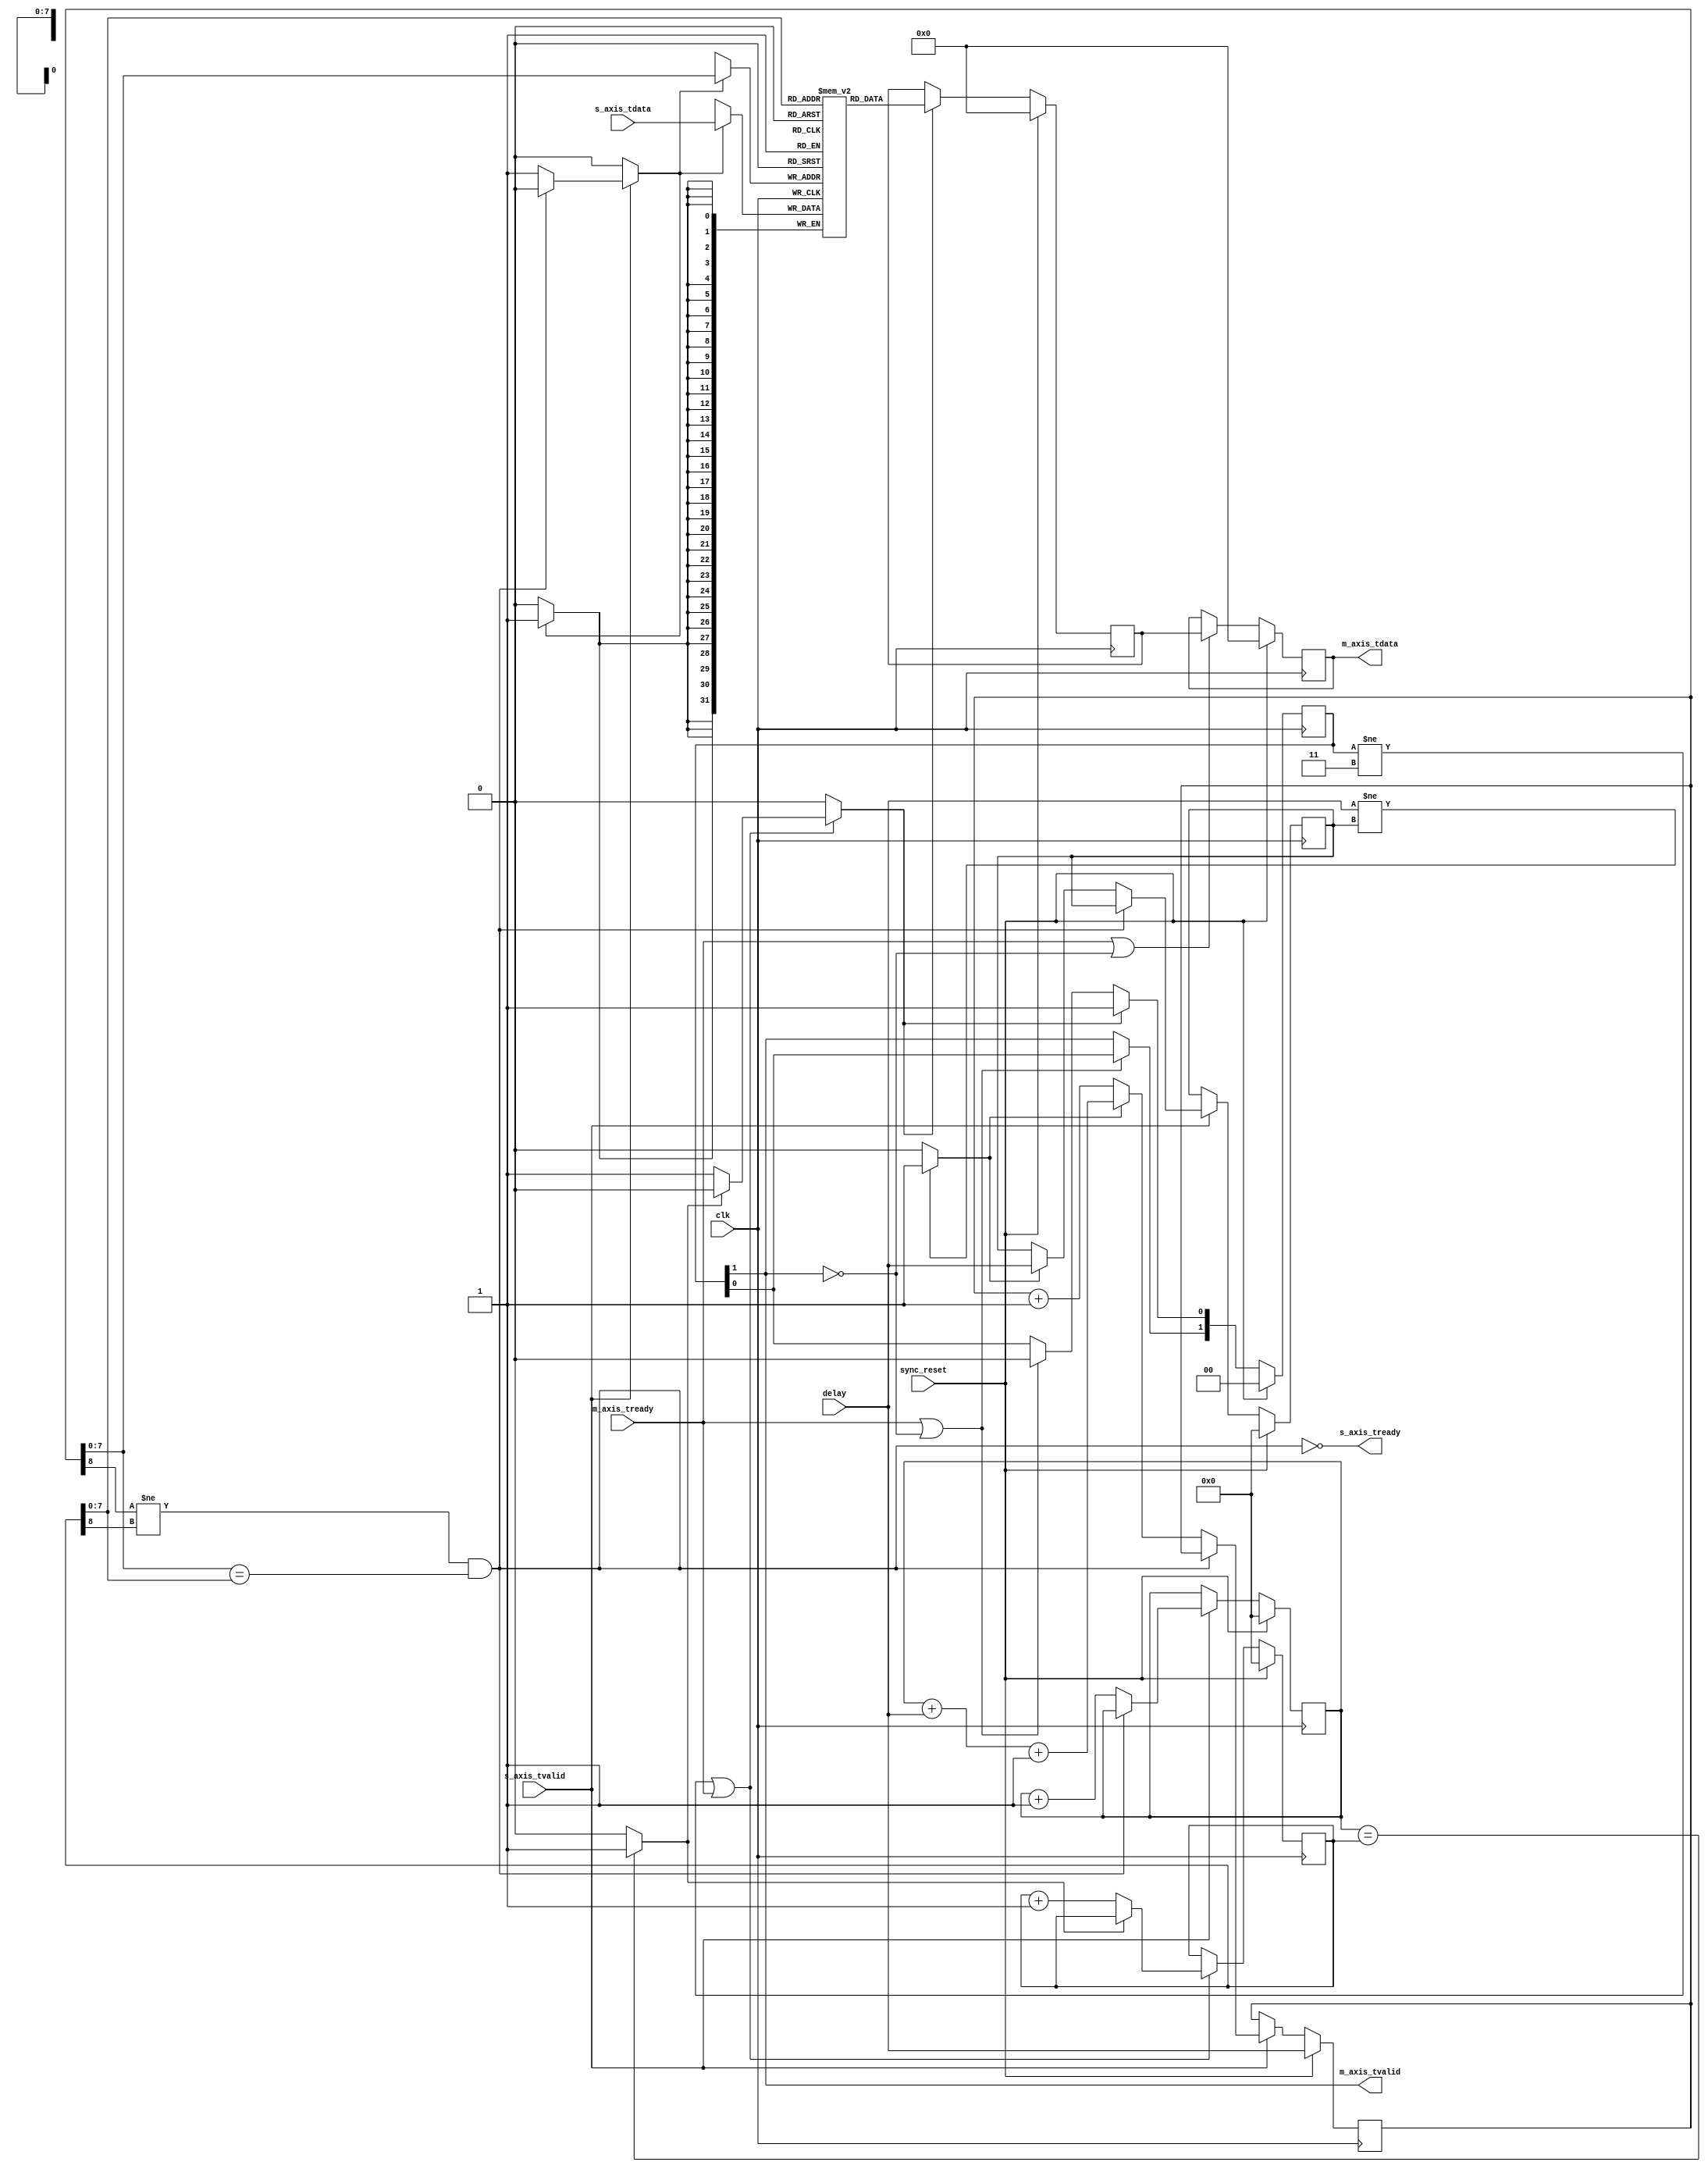
module axi_fifo_64
#( parameter DATA_WIDTH=32,
   parameter ADDR_WIDTH=8)
(
    input clk,
    input sync_reset,
    
    input s_axis_tvalid,
    input [DATA_WIDTH-1:0] s_axis_tdata,
    output s_axis_tready,
    input [8:0] delay,


    output m_axis_tvalid,
    output [DATA_WIDTH-1:0] m_axis_tdata,
    input m_axis_tready
);

localparam ADDR_P1 = ADDR_WIDTH + 1;
localparam FIFO_WIDTH = DATA_WIDTH;
localparam FIFO_MSB = FIFO_WIDTH - 1;
localparam ADDR_MSB = ADDR_WIDTH - 1;
localparam DEPTH = 2 ** ADDR_WIDTH;

reg [ADDR_WIDTH:0] wr_ptr = 0, next_wr_ptr;
reg [ADDR_WIDTH:0] wr_addr = 0, next_wr_addr;
reg [ADDR_WIDTH:0] rd_ptr = 0, next_rd_ptr;

(* ram_style = "block" *) reg [FIFO_MSB:0] buffer [DEPTH-1:0];
wire [FIFO_MSB:0] wr_data;

reg [8:0] delay_d1, next_delay_d1;
wire add_delay;
wire [ADDR_WIDTH:0] delay_s;
// full when first MSB different but rest same
wire full;
// empty when pointers match exactly
wire empty;

// control signals
reg wr;
reg rd;
reg [1:0] occ_reg = 2'b00, next_occ_reg;
reg [FIFO_MSB:0] data_d0, data_d1, next_data_d0, next_data_d1;

// control signals
assign full = ((wr_addr[ADDR_WIDTH] != rd_ptr[ADDR_WIDTH]) && (wr_addr[ADDR_MSB:0] == rd_ptr[ADDR_MSB:0]));
assign s_axis_tready = ~full;
assign m_axis_tvalid = occ_reg[1];
assign empty = (wr_ptr == rd_ptr) ? 1'b1 : 1'b0;

assign wr_data = s_axis_tdata;
assign m_axis_tdata = data_d1;
assign add_delay = (delay != delay_d1) ? 1'b1 : 1'b0;
assign delay_s = {1'b0, delay};

integer i;
initial begin
    for (i = 0; i < DEPTH; i=i+1) begin
        buffer[i] = 0;
    end
end

// Write logic
always @* begin
    wr = 1'b0;
    next_wr_ptr = wr_ptr;
    next_wr_addr = wr_addr;
    next_delay_d1 = delay_d1;

    if (s_axis_tvalid) begin
        // input data valid
        if (~full) begin
            // not full, perform write
            wr = 1'b1;
            next_wr_ptr = wr_ptr + 1;
            if (add_delay == 1'b1) begin
                next_wr_addr = wr_ptr + delay_s + 1;
                next_delay_d1 = delay;
            end else begin
                next_wr_addr = wr_addr + 1;
            end
        end
    end
end

always @(posedge clk) begin
    if (sync_reset) begin
        wr_ptr <= 0;
        wr_addr <= delay_s;
        occ_reg <= 0;
        data_d0 <= 0;
        data_d1 <= 0;
        delay_d1 <= 0;
    end else begin
        wr_ptr <= next_wr_ptr;
        wr_addr <= next_wr_addr;
        occ_reg <= next_occ_reg;
        data_d0 <= next_data_d0;
        data_d1 <= next_data_d1;
        delay_d1 <= next_delay_d1;
    end

    if (wr) begin
        buffer[wr_addr[ADDR_MSB:0]] <= wr_data;
    end
end

// Read logic
always @* begin
    rd = 1'b0;
    next_rd_ptr = rd_ptr;
    next_occ_reg[0] = occ_reg[0];
    next_occ_reg[1] = occ_reg[1];
    next_data_d0 = data_d0;
    next_data_d1 = data_d1;
    if (occ_reg != 2'b11 | m_axis_tready == 1'b1) begin
        // output data not valid OR currently being transferred
        if (~empty) begin
            // not empty, perform read
            rd = 1'b1;
            next_rd_ptr = rd_ptr + 1;
        end
    end

    if (rd) begin
        next_occ_reg[0] = 1'b1;
    end else if (m_axis_tready == 1'b1 || occ_reg[1] == 1'b0) begin
        next_occ_reg[0] = 1'b0;
    end
    if (m_axis_tready == 1'b1 || occ_reg[1] == 1'b0) begin
        next_occ_reg[1] = occ_reg[0];
    end

    if (rd) begin
        next_data_d0 = buffer[rd_ptr[ADDR_MSB:0]];
    end
    if (m_axis_tready | ~occ_reg[1]) begin
        next_data_d1 = data_d0;
    end
end

always @(posedge clk) begin
    if (sync_reset) begin
        rd_ptr <= 0;
    end else begin
        rd_ptr <= next_rd_ptr;
    end

end


endmodule